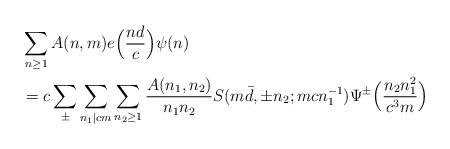
LaTeX: \begin{align*}&\sum_{n \geq 1} A(n, m) e\Bigl( \frac{n d}{c} \Bigr) \psi(n) \\&= c \sum_{\pm} \sum_{n_1 \mid c m} \sum_{n_2 \geq 1} \frac{A(n_1, n_2)}{n_1 n_2} S(m \bar d, \pm n_2; m c n_1^{-1}) \Psi^{\pm}\Bigl( \frac{n_2 n_1^2}{c^3 m}\Bigr)\end{align*}